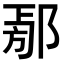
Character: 𨜃